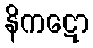
နိကဋော